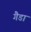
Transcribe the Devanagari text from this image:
गैडा